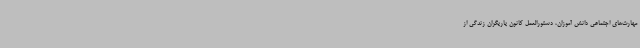
مهارت‌های اجتماعی دانش آموزان، دستورالعمل کانون یاریگران زندگی از